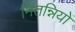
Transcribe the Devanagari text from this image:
मितन्नियों